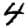
Digit: 4